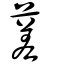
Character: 蒫